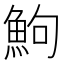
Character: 鮈